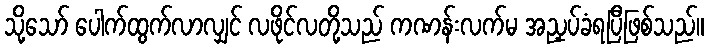
သို့သော် ပေါက်ထွက်လာလျှင် လဖိုင်လတို့သည် ကဏန်းလက်မ အညှပ်ခံရပြီဖြစ်သည်။